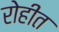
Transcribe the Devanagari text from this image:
रोहीत